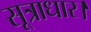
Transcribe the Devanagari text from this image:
सूत्राधार।